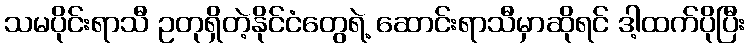
သမပိုင်းရာသီ ဥတုရှိတဲ့နိုင်ငံတွေရဲ့ ဆောင်းရာသီမှာဆိုရင် ဒါ့ထက်ပိုပြီး